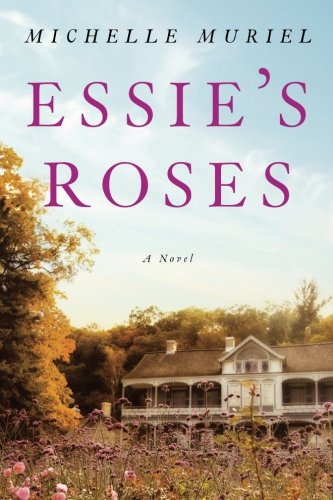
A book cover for Essie's Roses; Michelle Muriel; Literature & Fiction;